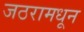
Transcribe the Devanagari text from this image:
जठरामधून